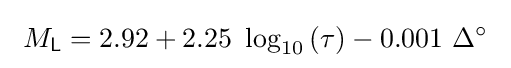
\ M_{\mathsf {L}}=2.92+2.25\ \log _{10}\left(\tau \right)-0.001\ \Delta ^{\circ }\